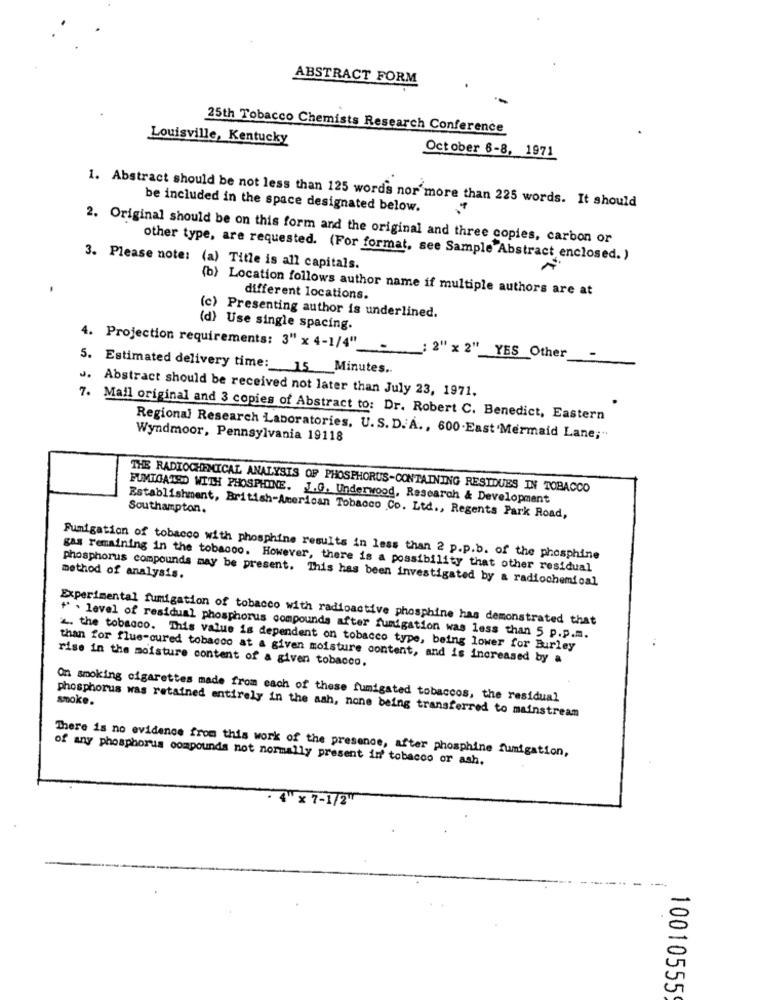
ABSTRACT FORM
-
25th Tobacco Chemists Research Conference
Louisville, Kentucky
October 6-8, 1971
1. Abstract should be not less than 125 words nor more than 225 words. It should
be included in the space designated below.
2. Original should be on this form and the original and three copies, carbon or
other type, are requested. (For format, see Sample Abstract enclosed. )
3. Please note: (a) Title is all capitals.
(b) Location follows author name if multiple authors are at
different locations.
(c) Presenting author is underlined.
(d) Use single spacing.
4. Projection requirements: 3" × 4-1/4"-
2" x 2"_YES_Other
5. Estimated delivery time: 15 Minutes.
J. Abstract should be received not later than July 23, 1971.
7. Mail original and 3 copies of Abstract to: Dr. Robert C. Benedict, Eastern
Wyndmoor, Pennsylvania 19118
Regional Research Laboratories, U.S. D. A ., 600.East'Mermaid Lane;"
THE RADIOCHEMICAL ANALYSIS OF PHOSPHORUS-CONTAINING RESIDUES IN TOBACCO
FUMTOATED WITH PHOSPHINE. J.G. Underwood, Research & Development
Southampton.
Establishment, British-American Tobacco Co. Ltd ., Regents Park Road,
Fumigation of tobacco with phosphine results in less than 2 p.p.b. of the phosphine
gas remaining in the tobacco. However, there is a possibility that other residual
method of analysis.
phosphorus compounds may be present. This has been investigated by a radiochemical
Experimental fumigation of tobacco with radioactive phosphine has demonstrated that
" . level of residual phosphorus compounds after fumigation was less than 5 p.p.m.
2. the tobacco. This value is dependent on tobacco type, being lower for Burley
rise in the moisture content of a given tobacco.
than for flue-cured tobacco at a given moisture content, and is increased by a
smoke.
On smoking cigarettes made from each of these fumigated tobaccos, the residual
phosphorus was retained entirely in the ash, none being transferred to mainstream
There is no evidence from this work of the presence, after phosphine fumigation,
of any phosphorus compounds not normally present in' tobacco or ash.
4" x 7-1/2"
10010555